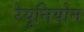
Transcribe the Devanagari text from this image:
रेयूनियोन